Indian journal of veterinary science and animal husbandry - Volumes 18-21, 1948-1951
Year: 1948
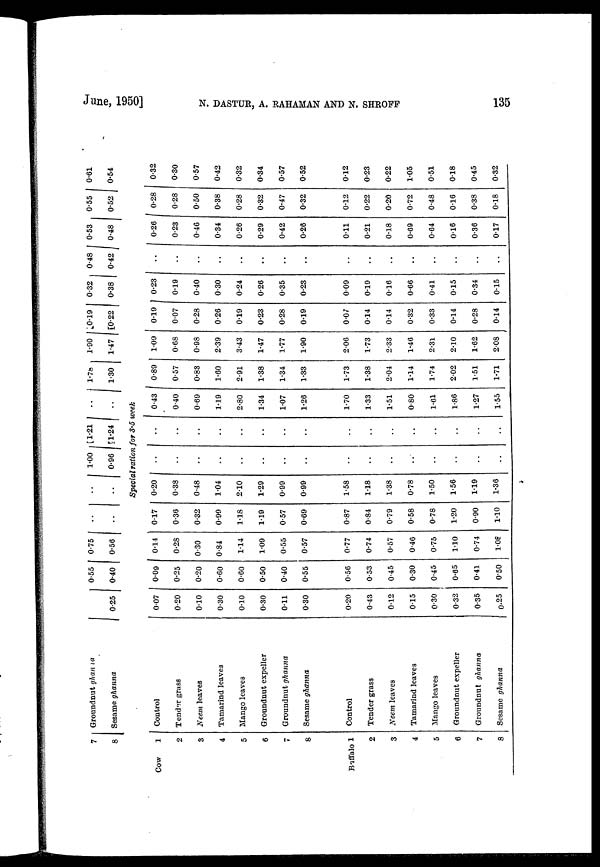
June, 1950] N. DASTUR, A. RHAMAN AND N. SHROFF 135
7
8
Cow
1
2
3
4
5
6
8
Baffalo 1
2
3
4
5
6
7
8
Groundnut ghanna
Sesame ghanna
Control
Tender grass
Neem leaves
Tamarind leaves
Mango leaves
Groundnut expeller
Groundnut ghanna
Sesame ghanna
Control
Tender grass
Neem leaves
Tamarind leaves
Mango leaves
Groundnut expeller
Groundnut ghanna
Sesame ghanna
0.25
0.07
0.20
0.10
0.30
0.10
0.30
0.11
0.30
0.20
0.43
0.12
0.15
0.30
0.32
0.35
0.25
0.55
0.40
0.09
0.25
0.20
0.60
0.60
0.50
0.40
0.55
0.56
0.53
0.45
0.30
0.45
0.65
0.41
0.50
0.75
0.56
0.14
0.28
0.30
0.84
1.14
1.09
0.55
0.57
0.77
0.74
0.57
0.46
0.75
1.10
0.74
1.08
..
..
0.17
0.36
0.32
0.99
1.18
1.19
0.57
0.69
0.87
0.84
0.79
0.58
0.78
1.20
0.90
1.10
..
..
1.00
0.96
[1.21
[1.24
..
..
Special ration for 3.5 week
0.20
0.38
0.48
1.04
2.10
1.29
0.99
0.99
1.58
1.18
1.38
0.78
1.50
1.56
1.19
1.36
..
..
..
..
..
..
..
..
..
..
..
..
..
..
..
..
..
..
..
..
..
..
..
..
..
..
..
..
..
..
..
..
0.43
0.40
0.69
1.19
2.80
1.34
1.07
1.26
1.70
1.33
1.51
0.80
1.61
1.86
1.27
1.55
1.78
1.30
0.89
0.57
0.83
1.60
2.91
1.38
1.34
1.33
1.73
1.38
2.04
1.14
1.74
2.02
1.51
1.71
1.90
1.47
1.09
0.68
0.98
2.39
3.43
1.47
1.77
1.90
2.06
1.73
2.33
1.46
2.31
2.10
1.62
2.08
[0.19
[0.22
0.19
0.07
0.28
0.26
0.19
0.23
0.28
0.19
0.07
0.14
0.14
0.32
0.33
0.14
0.28
0.14
0.32
0.38
0.23
0.19
0.40
0.30
0.24
0.26
0.35
0.23
0.09
0.19
0.16
0.66
0.41
0.15
0.34
0.15
0.48
0.42
..
..
..
..
..
..
..
..
..
..
..
..
..
..
..
..
0.53
0.48
0.26
0.23
0.46
0.34
0.26
0.29
0.42
0.26
0.11
0.21
0.18
0.69
0.64
0.16
0.36
0.17
0.55
0.52
0.28
0.28
0.50
0.38
0.28
0.32
0.47
0.32
0.12
0.22
0.20
0.72
0.48
0.16
0.38
0.18
0.61
0.54
0.32
0.30
0.57
0.42
0.32
0.34
0.57
0.52
0.12
0.23
0.22
1.05
0.51
0.18
0.45
0.32